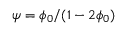
\psi = \phi _ { 0 } / ( 1 - 2 \phi _ { 0 } )